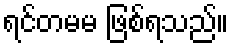
ရင်တမမ ဖြစ်ရသည်။